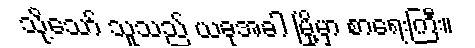
သို့သော် သူသည် ယခုအခါ မြို့မှာ စာရေးကြီး။